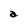
Character: a